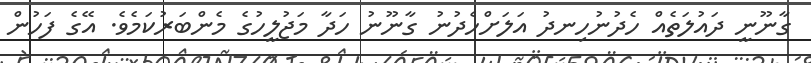
ގާނޫނީ ދައުލަތެއް ހެދުނުހިނދު އަލަށްހެދުނު ގާނޫނު ހަދާ މަޖުލީހުގެ މެންބަރުކަމެވެ. އޭގެ ފަހުން